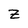
Character: Z